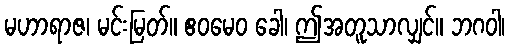
မဟာရာဇ၊ မင်းမြတ်။ ဧဝမေဝ ခေါ၊ ဤအတူသာလျှင်။ ဘဂဝါ၊